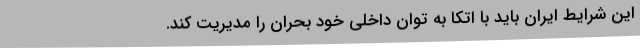
این شرایط ایران باید با اتکا به توان داخلی خود بحران را مدیریت کند.